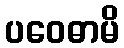
ပဝေဓာမိ